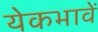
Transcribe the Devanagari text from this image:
येकभावें